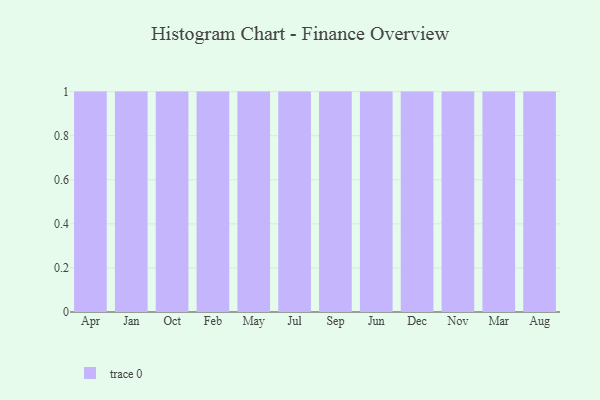
{"axis": {"x": "Month", "y": "Net Income (USD K)"}, "legend": [""], "data": [{"x": "Apr", "y": 95, "type": ""}, {"x": "Jan", "y": 15, "type": ""}, {"x": "Oct", "y": 56, "type": ""}, {"x": "Feb", "y": 67, "type": ""}, {"x": "May", "y": 35, "type": ""}, {"x": "Jul", "y": 91, "type": ""}, {"x": "Sep", "y": 56, "type": ""}, {"x": "Jun", "y": 76, "type": ""}, {"x": "Dec", "y": 48, "type": ""}, {"x": "Nov", "y": 28, "type": ""}, {"x": "Mar", "y": 10, "type": ""}, {"x": "Aug", "y": 67, "type": ""}]}